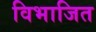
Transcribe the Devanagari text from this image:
विभाजित